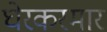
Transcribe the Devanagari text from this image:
घेरकरमार